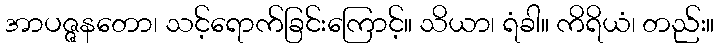
အာပဇ္ဇနတော၊ သင့်ရောက်ခြင်းကြောင့်။ သိယာ၊ ရံခါ။ ကိရိယံ၊ တည်း။